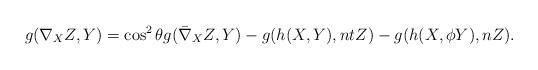
LaTeX: \begin{align*}g(\nabla_{X}Z,Y)= \cos^2\theta g(\bar\nabla_{X}Z,Y)-g(h(X,Y), ntZ)-g(h(X,\phi Y), nZ). \end{align*}